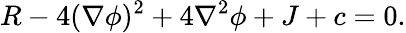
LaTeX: R-4(\nabla\phi)^{2}+4\nabla^{2}\phi+J+c=0.